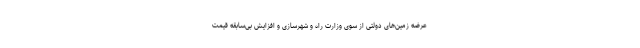
عرضه زمین‌های دولتی از سوی وزارت راه و شهرسازی و افزایش بی‌سابقه قیمت